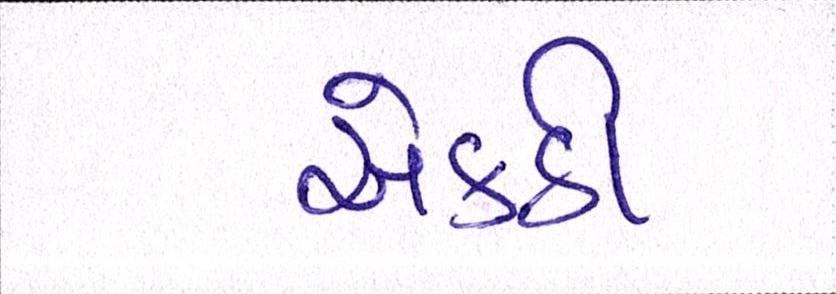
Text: એકઠી